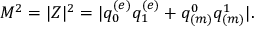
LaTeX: M ^ { 2 } = | Z | ^ { 2 } = | q _ { 0 } ^ { ( e ) } q _ { 1 } ^ { ( e ) } + q _ { ( m ) } ^ { 0 } q _ { ( m ) } ^ { 1 } | .